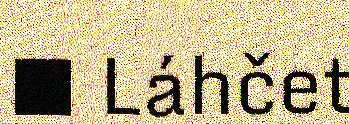
■ Láhčet